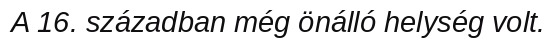
A 16. században még önálló helység volt.